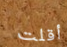
أقلت